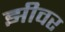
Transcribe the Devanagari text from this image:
झीवर